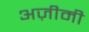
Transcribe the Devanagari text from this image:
अज़ीमी